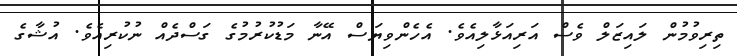
ތިރިވުމުން ލައިޒަލް ވެސް އަރިއަޅާލިއެވެ. އެހެންވިޔަސް އޭނާ މަޑުކުރުމުގެ ގަސްދެއް ނުކުރިއެވެ. އުޝާގެ